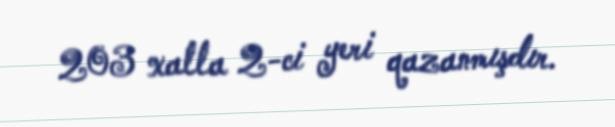
203 xalla 2-ci yeri qazanmışdır.